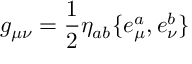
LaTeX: g _ { \mu \nu } = \frac 1 2 \eta _ { a b } \{ e _ { \mu } ^ { a } , e _ { \nu } ^ { b } \}